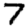
Digit: 7